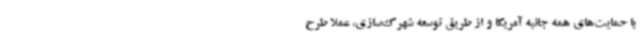
با حمایت‌های همه جانبه آمریکا و از طریق توسعه شهرک‌سازی، عملا طرح